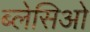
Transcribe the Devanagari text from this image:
ब्लेसिओ